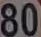
80